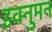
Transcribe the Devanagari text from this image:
इक्नुमन